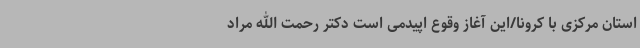
استان مرکزی با کرونا/این آغاز وقوع اپیدمی است دکتر رحمت الله مراد